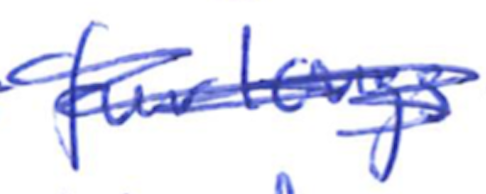
Text: furlongs
Cross-out: scratch
Writing tool: ballpoint